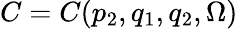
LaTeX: C=C(p_{2},q_{1},q_{2},\Omega)